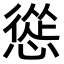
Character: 慫